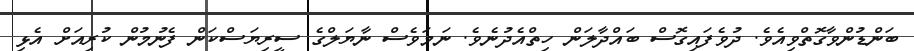
ބަންޑުންވާގޮތްވިއެވެ. ދުވެފައިގޮސް ބައްދާލަން ހިތްއެދުނެވެ. ނަމަވެސް ނާޔަލްގެ ސީރިޔަސްކަން ފެނުމުން ކުރިއަށް އެޅި